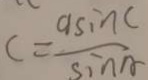
c = \frac { a \sin C } { \sin A }